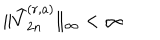
\| \widehat { V } _ { 2 n } ^ { ( r , a ) } \| _ { \infty } < \infty